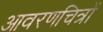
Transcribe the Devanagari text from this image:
आवरणचित्रों